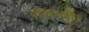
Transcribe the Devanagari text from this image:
जलपक्षी।